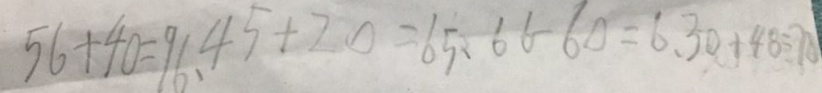
5 6 + 4 0 = 9 6 、 4 5 + 2 0 = 6 5 、 6 6 - 6 0 = 6 、 3 0 + 4 8 = 7 8